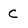
Character: c